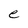
Character: e